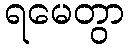
ရမေတွာ